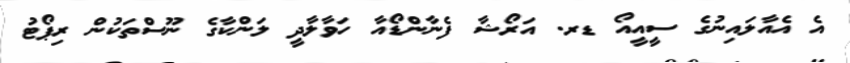
އެ އެއާލައިނުގެ ސީއީއޯ ޑރ. އަރޯޝާ ފެނާންޑޯއާ ހަވާލާދީ ލަންކާގެ ނޫސްތަކުން ރިޕޯޓު